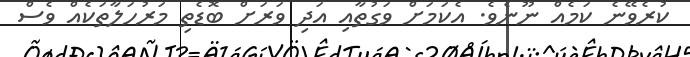
ކުރެވޭނެ ކަމެއް ނޫނެވެ. އެކަމަށް ވަގުތާއި އަދި ވަރަށް ބޮޑެތި މަރުހަލާތަކެއް ވެސް